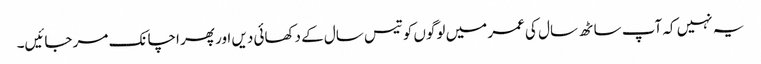
یہ نہیں کہ آپ ساٹھ سال کی عمر میں لوگوں کو تیس سال کے دکھائی دیں اور پھر اچانک مر جائیں۔